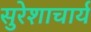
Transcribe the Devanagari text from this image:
सुरेशाचार्य